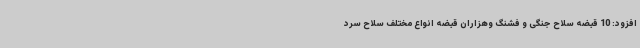
افزود: 10 قبضه سلاح جنگی و فشنگ وهزاران قبضه انواع مختلف سلاح سرد